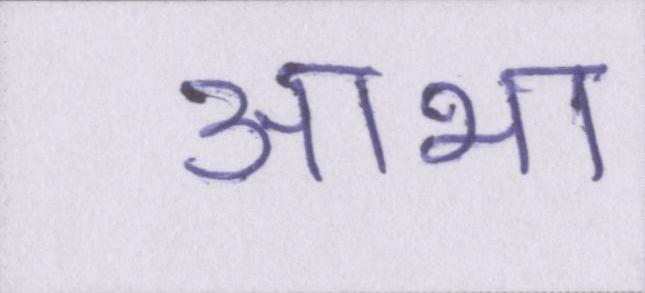
आभा